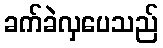
ခက်ခဲလှပေသည်